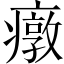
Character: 𱱤